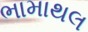
ભામાથલ